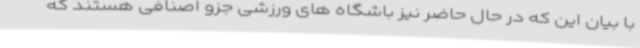
با بیان این که در حال حاضر نیز باشگاه های ورزشی جزو اصنافی هستند که